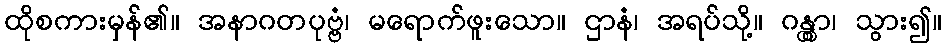
ထိုစကားမှန်၏။ အနာဂတပုဗ္ဗံ၊ မရောက်ဖူးသော။ ဌာနံ၊ အရပ်သို့။ ဂန္တွာ၊ သွား၍။